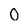
Character: 0